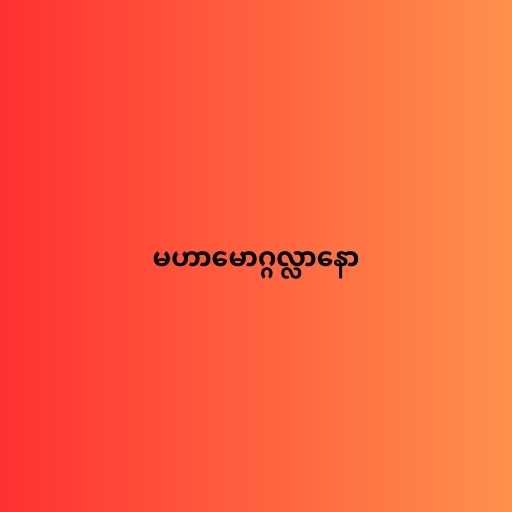
မဟာမောဂ္ဂလ္လာနော